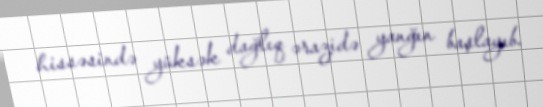
hissəsində yüksək dağlıq ərazidə yanğın başlayıb.